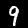
Label: 9